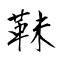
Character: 靺